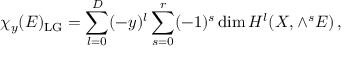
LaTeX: \chi _ { y } ( E ) _ { \mathrm { L G } } = \sum _ { l = 0 } ^ { D } ( - y ) ^ { l } \sum _ { s = 0 } ^ { r } ( - 1 ) ^ { s } \dim { \cal H } ^ { l } ( X , \wedge ^ { s } E ) \, ,